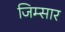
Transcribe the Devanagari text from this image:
जिम्सार